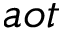
a o t